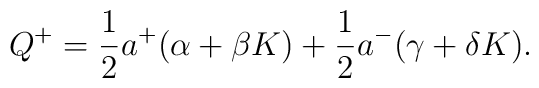
Q^{+}=\frac{1}{2}a^{+}(\alpha+\beta K)+\frac{1}{2}a^{-}(\gamma+\delta K).